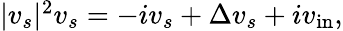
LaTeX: \begin{array}{r}{|v_{s}|^{2}v_{s}=-iv_{s}+\Delta v_{s}+iv_{\mathrm{in}},}\end{array}